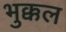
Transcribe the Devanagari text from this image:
भुक्कल